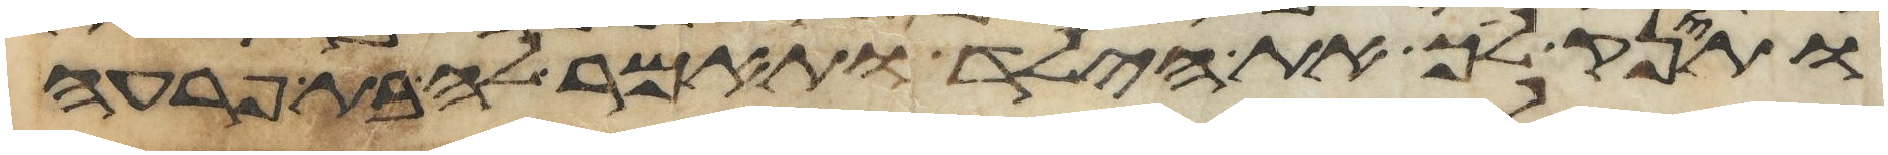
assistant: ותינק ליך את הילד ותאמר לה בת פרעה